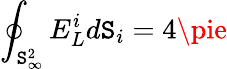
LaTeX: \oint_{\mathtt{S}_{\infty}^{2}}E_{L}^{i}d\mathtt{S}_{i}=4\pie